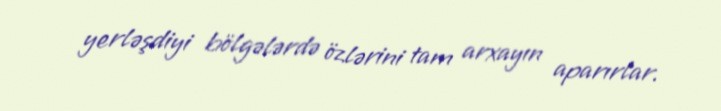
yerləşdiyi bölgələrdə özlərini tam arxayın aparırlar.